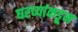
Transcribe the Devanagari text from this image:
घरच्यांकडून